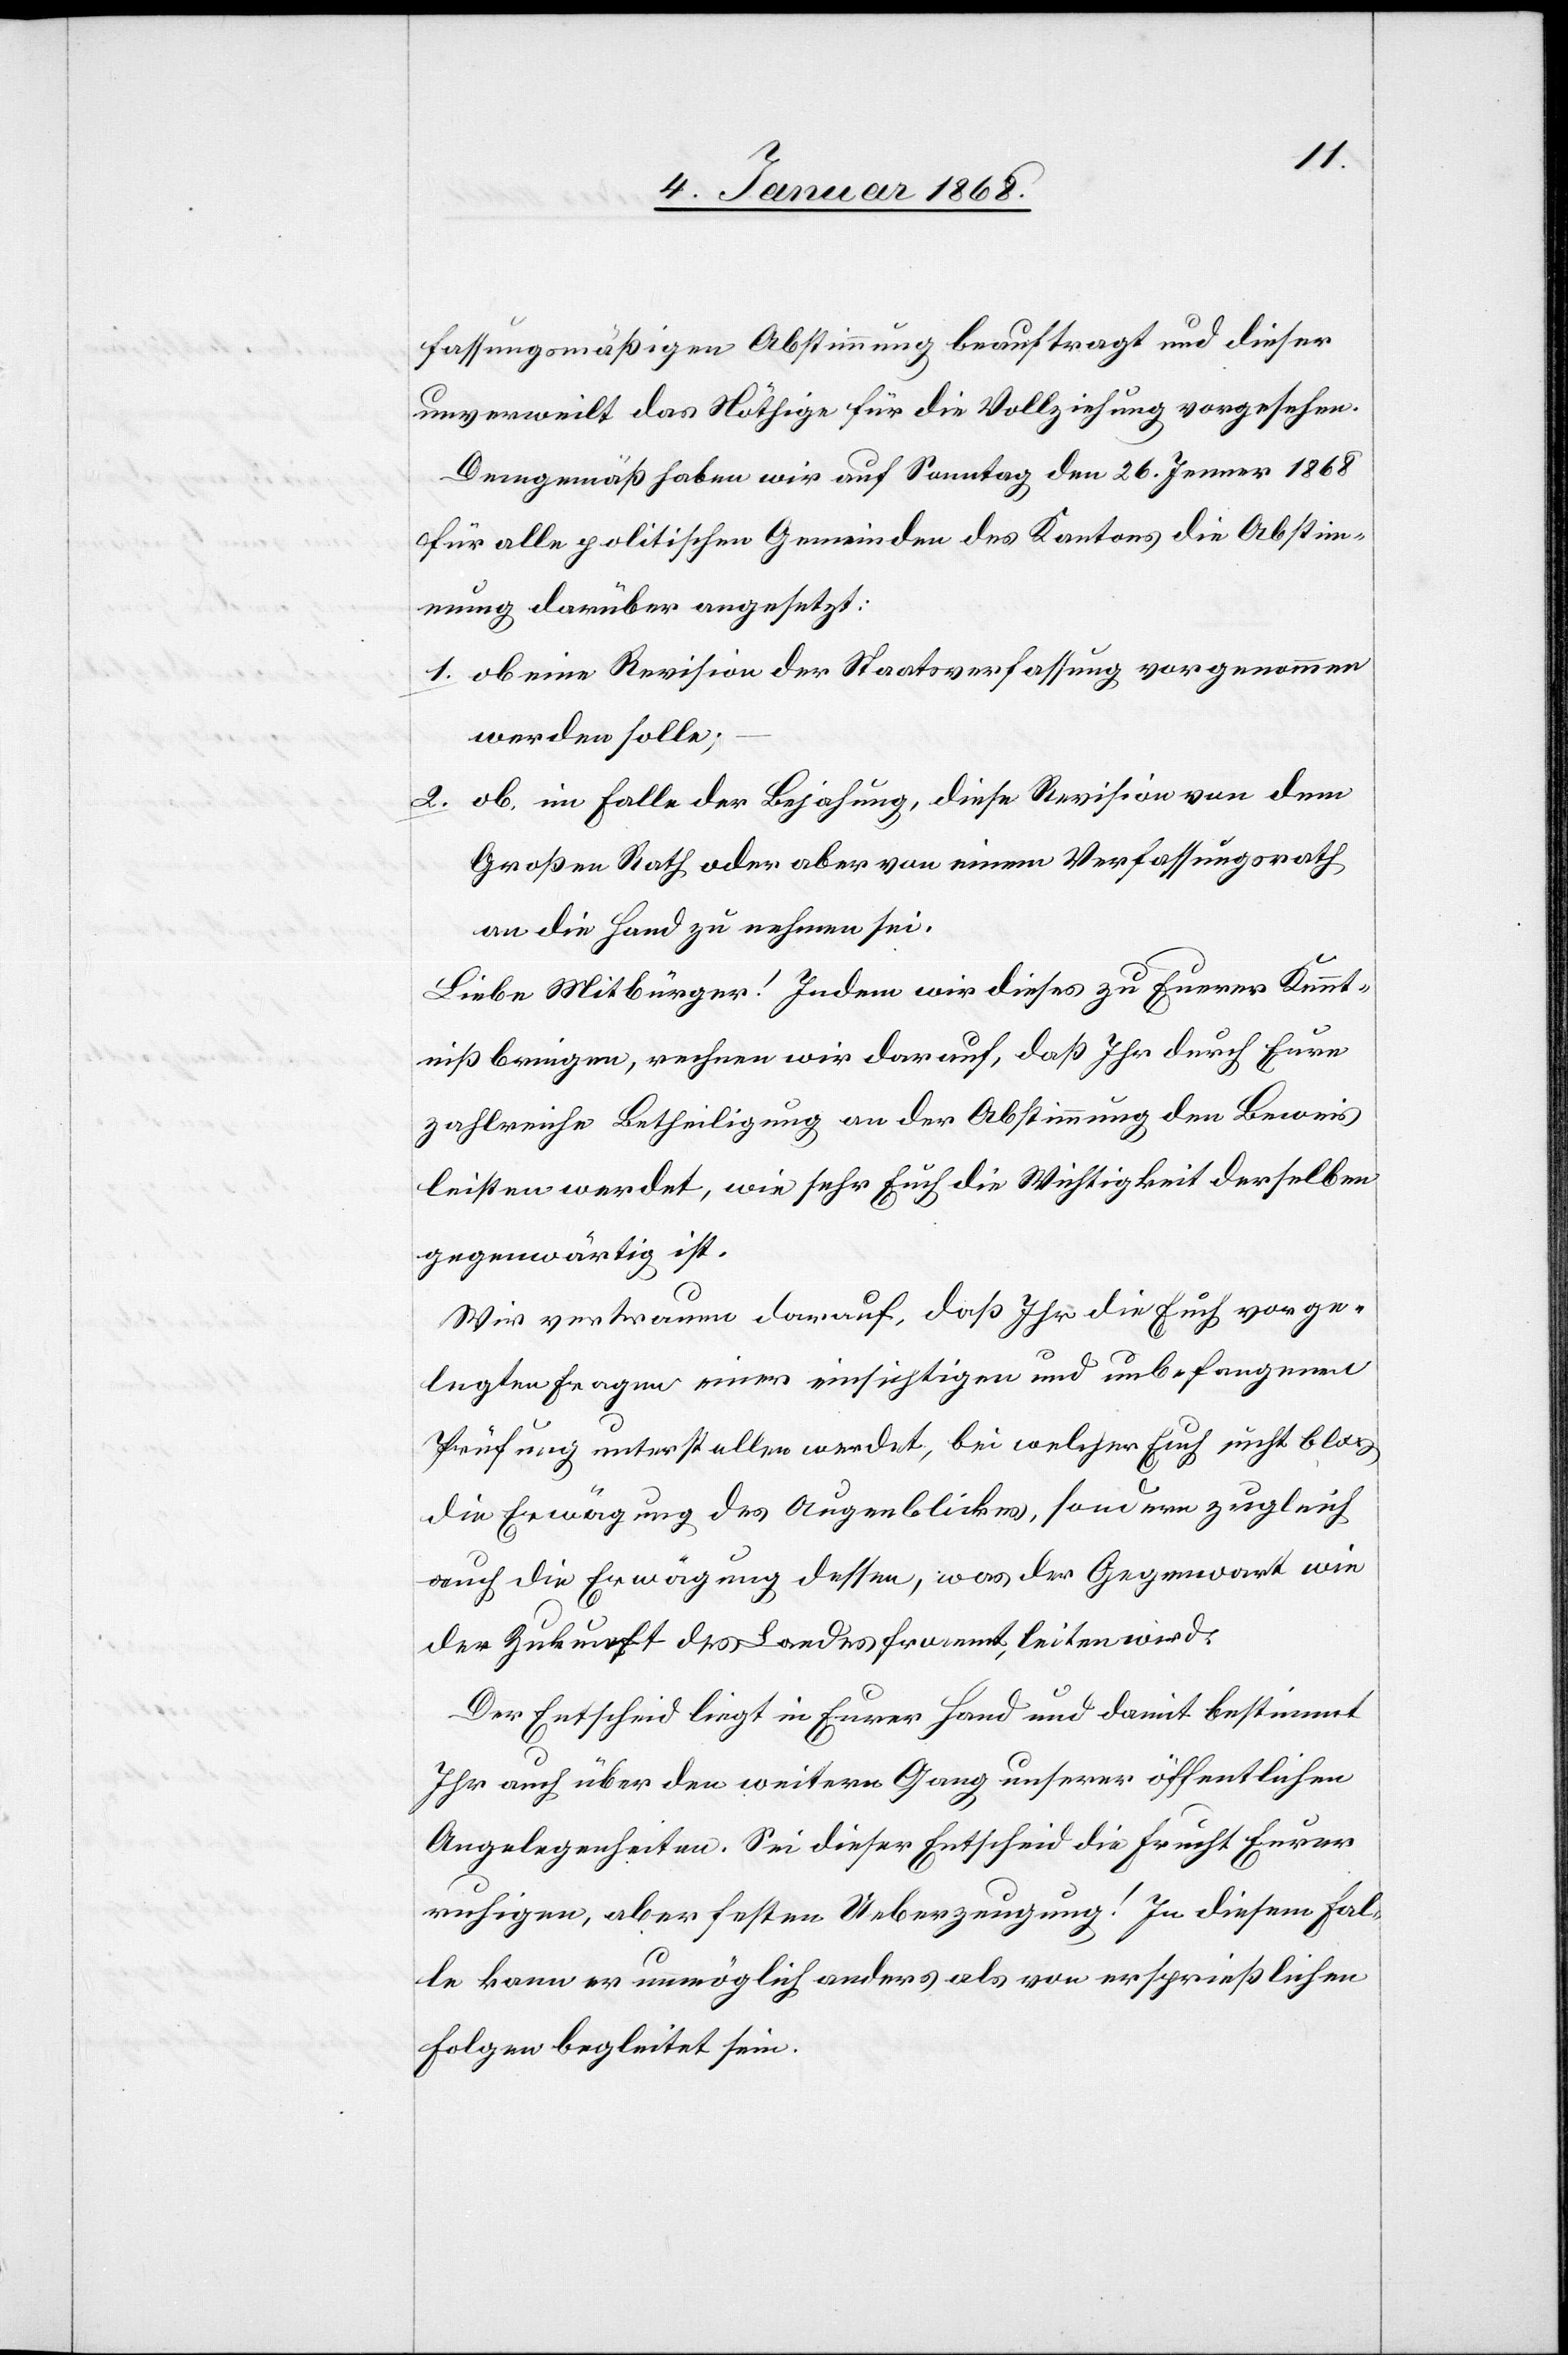
1.
fassungsmäßigen Abstimmung beauftragt und dieser
unverweilt das Nöthige für die Vollziehung vorgesehen.
Demgemäß haben wir auf Sonntag den 26. Jenner 1868
für alle politischen Gemeinden des Kantons die Abstim¬
mung darüber angesetzt:
ob eine Revision der Staatsverfassung vorgenommen
werden solle;
ob, im Falle der Bejahung, diese Revision von dem
2.
Großen Rath oder aber von einem Verfassungsrath
an die Hand zu nehmen sei.
Liebe Mitbürger! Indem wir dieses zu Euerer Kennt¬
niß bringen, rechnen wir darauf, daß Ihr durch Eure
zahlreiche Betheiligung an der Abstimmung den Beweis
leisten werdet, wie sehr Euch die Wichtigkeit derselben
gegenwärtig ist.
Wir vertrauen darauf, daß Ihr die Euch vorge¬
legten Fragen einer einsichtigen und unbefangenen
Prüfung unterstellen werdet, bei welcher Euch nicht bloss
die Erwägung des Augenblickes, sondern zugleich
auch die Erwägung dessen, was der Gegenwart wie
der Zukunft des Landes frommt, leiten wird.
Der Entscheid liegt in Eurer Hand und damit bestimmt
Ihr auch über den weitern Gang unserer öffentlichen
Angelegenheiten. Sei dieser Entscheid die Frucht Eurer
ruhigen, aber festen Ueberzeugung! In diesem Fal¬
le kann er unmöglich anders als von ersprießlichen
Folgen begleitet sein.